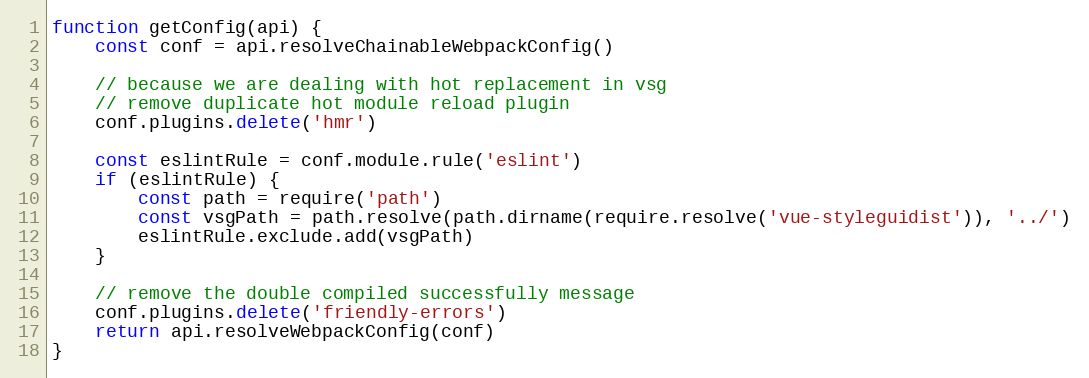
Language: JavaScript
function getConfig(api) {
	const conf = api.resolveChainableWebpackConfig()

	// because we are dealing with hot replacement in vsg
	// remove duplicate hot module reload plugin
	conf.plugins.delete('hmr')

	const eslintRule = conf.module.rule('eslint')
	if (eslintRule) {
		const path = require('path')
		const vsgPath = path.resolve(path.dirname(require.resolve('vue-styleguidist')), '../')
		eslintRule.exclude.add(vsgPath)
	}

	// remove the double compiled successfully message
	conf.plugins.delete('friendly-errors')
	return api.resolveWebpackConfig(conf)
}